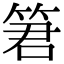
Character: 䇹